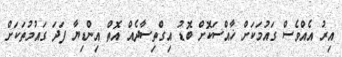
އިރު އެއްވެސް ގައުމަކަށް ޚާއްސަކޮށް ބޮޑު އިގްތިސާދެއް އޮތް އިންޑިޔާ ފަދަ ގައުމުތަކަށް